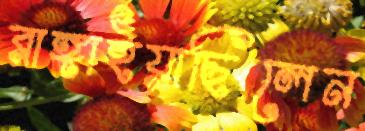
রাঙ্গাইয়াছিলেন